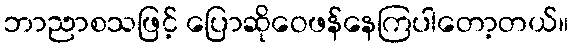
ဘာညာစသဖြင့် ပြောဆိုဝေဖန်နေကြပါတော့တယ်။